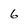
Character: 6